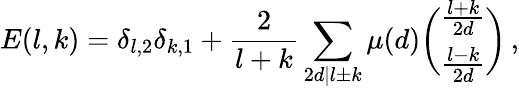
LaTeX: E(l,k)=\delta_{l,2}\delta_{k,1}+\frac{2}{l+k}\sum_{2d|l\pm k}\mu(d){\binom{\frac{l+k}{2d}}{\frac{l-k}{2d}}}\, ,